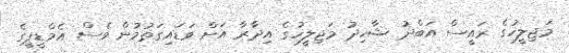
މަޖިލީހުގެ ރައީސް އަބްދު ޝާހިދު މަޖިލީހުގެ އިދާރާ އަށް ވަޑައިގަތުމުން ވެސް އެމްޑީޕީގެ